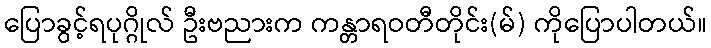
ပြောခွင့်ရပုဂ္ဂိုလ် ဦးဗညားက ကန္တာရဝတီတိုင်း(မ်) ကိုပြောပါတယ်။